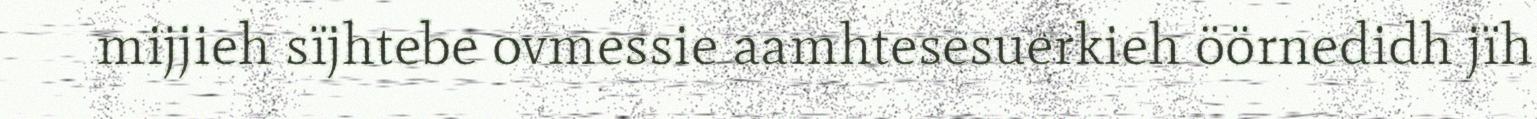
mijjieh sïjhtebe ovmessie aamhtesesuerkieh öörnedidh jïh